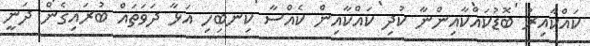
ކައްކާއިރު ބޮޑުކައްކާއިންނާ ކުދި ކައްކާއިން ކެއްސާ ކިނބިހި އަޅާ ދަވަތައް ބުރައިގެން ދަނީ